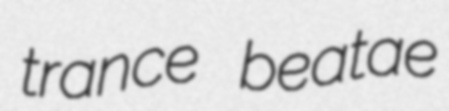
trance beatae